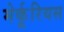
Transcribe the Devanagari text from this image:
मेर्कूरियस